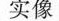
实像